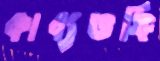
কাব্যভঙ্গি